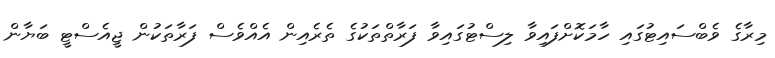
މިރާގެ ވެބްސައިޓުގައި ހާމަކޮށްފައިވާ ލިސްޓުގައިވާ ފަރާތްތަކުގެ ތެރެއިން އެއްވެސް ފަރާތަކުން ޖީއެސްޓީ ބަޔާން